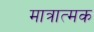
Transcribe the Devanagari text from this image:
मात्रात्‍मक